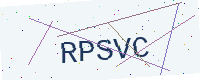
Text: RPSVC